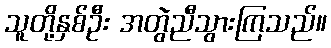
သူတို့နှစ်ဦး အတွဲညီသွားကြသည်။